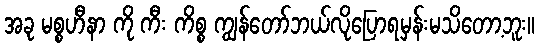
အခု မစ္စဟီနာ ကို ကီး ကိစ္စ ကျွန်တော်ဘယ်လိုပြောရမှန်းမသိတော့ဘူး။